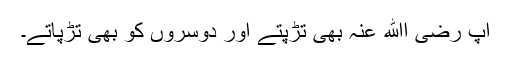
آپ رضی اﷲ عنہ بھی تڑپتے اور دوسروں کو بھی تڑپاتے۔